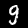
Label: 9